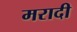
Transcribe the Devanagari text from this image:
मरादी